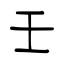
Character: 壬